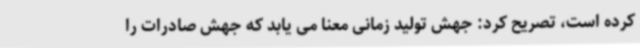
کرده است، تصریح کرد: جهش تولید زمانی معنا می یابد که جهش صادرات را